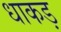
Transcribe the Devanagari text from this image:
धाकड़